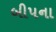
બીપના